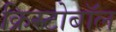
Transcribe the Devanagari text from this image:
क्रिस्टोबॉल